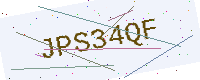
Text: JPS34QF